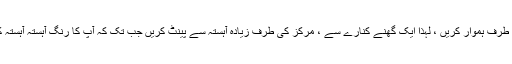
اشارہ: رنگ کو آہستہ سے اندر کی طرف ہموار کریں ، لہذا ایک گھنے کنارے سے ، مرکز کی طرف زیادہ آہستہ سے پینٹ کریں جب تک کہ آپ کا رنگ آہستہ آہستہ کاغذ کے اصل سر میں تبدیل نہ ہو۔